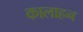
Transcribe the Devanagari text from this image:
कालाहन